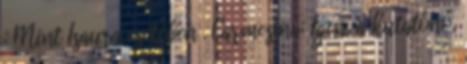
: Mint Isaura esetében . Carmesina: Igen, a kutatónő,